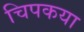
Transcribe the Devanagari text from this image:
चिपकया